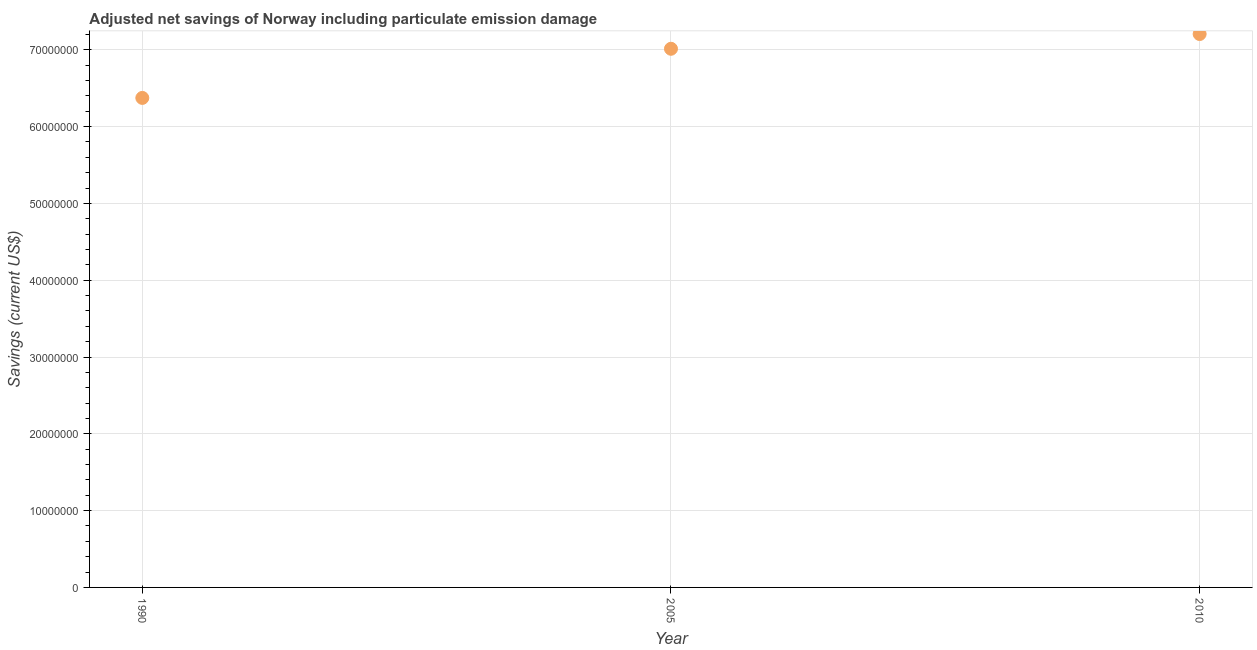
| Year | Adjusted savings: particulate emission damage (current US$) |
 | --- | --- |
 | 1990 | 6.37e+07 |
 | 2005 | 7.01e+07 |
 | 2010 | 7.21e+07 |